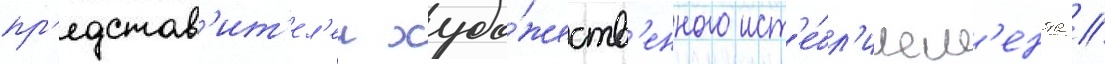
пр'едстав'ит'ел'еи худо́жеств'енного ист'е́бл'ишм'ента //